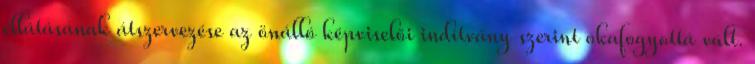
ellátásának átszervezése az önálló képviselői indítvány szerint okafogyottá vált.